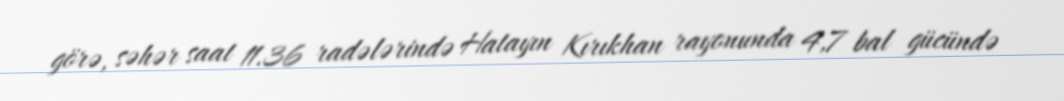
görə, səhər saat 11.36 radələrində Hatayın Kırıkhan rayonunda 4,7 bal gücündə